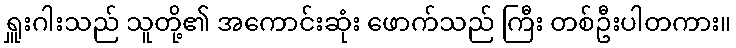
ရှူးဂါးသည် သူတို့၏ အကောင်းဆုံး ဖောက်သည် ကြီး တစ်ဦးပါတကား။